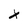
Character: x